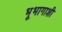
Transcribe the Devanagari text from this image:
भूभागाशी